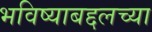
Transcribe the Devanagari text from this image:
भविष्याबद्दलच्या